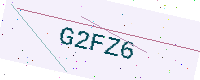
Text: G2FZ6